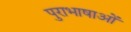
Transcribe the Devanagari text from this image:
पुराभाषाओं